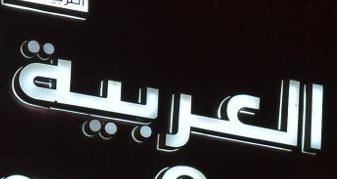
العربية